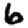
Digit: 6